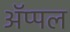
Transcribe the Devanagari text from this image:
ॲप्पल